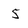
Character: 5